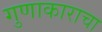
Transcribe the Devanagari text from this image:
गुणाकाराचा